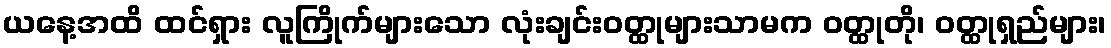
ယနေ့အထိ ထင်ရှား လူကြိုက်များသော လုံးချင်းဝတ္ထုများသာမက ဝတ္ထုတို၊ ဝတ္ထုရှည်များ၊